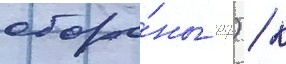
оборо́ны рф) / к